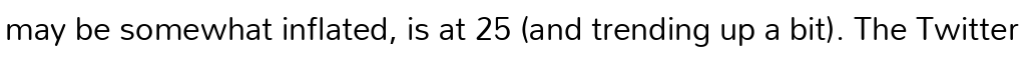
may be somewhat inflated, is at 25 (and trending up a bit). The Twitter